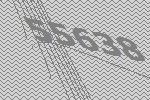
55638